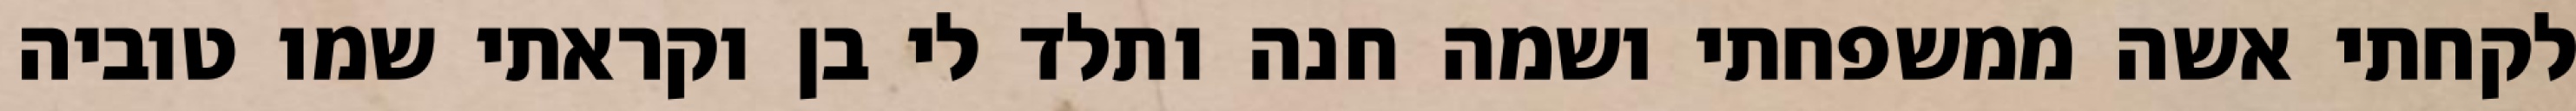
לקחתי אשה ממשפחתי ושמה חנה ותלד לי בן וקראתי שמו טוביה